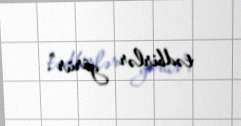
tədbirlər görür”.